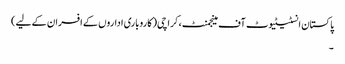
پاکستان انسٹیٹیوٹ آف مینجمنٹ، کراچی(کاروباری اداروں کے افسران کے لیے)
۔